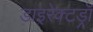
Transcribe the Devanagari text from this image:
डाइरेक्टड्रॉ